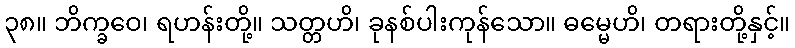
၃၈။ ဘိက္ခဝေ၊ ရဟန်းတို့။ သတ္တဟိ၊ ခုနစ်ပါးကုန်သော။ ဓမ္မေဟိ၊ တရားတို့နှင့်။